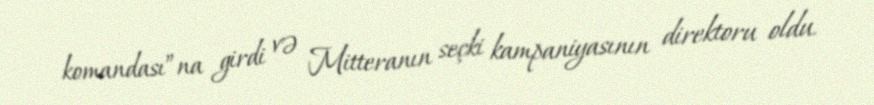
komandası”na girdi və Mitteranın seçki kampaniyasının direktoru oldu.